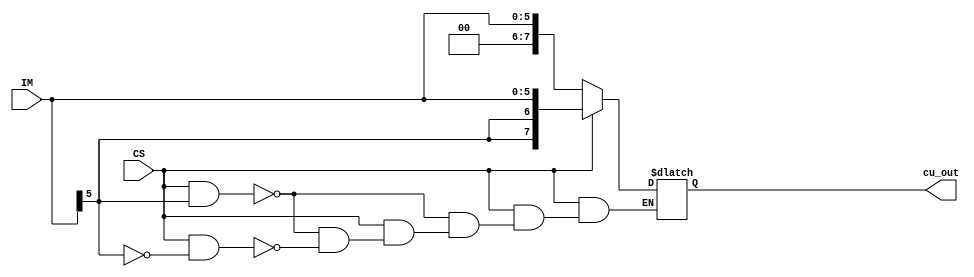
`timescale 1ns / 1ps
//////////////////////////////////////////////////////////////////////////////////
// Company: 
// Engineer: 
// 
// Design Name: 
// Module Name: Constant_unit
// Project Name: 
// Target Devices: 
// Tool Versions: 
// Description: 
// 
// Dependencies: 
// 
// Revision:
// Revision 0.01 - File Created
// Additional Comments:
// 
//////////////////////////////////////////////////////////////////////////////////


module Constant_unit(IM,CS,cu_out);
input [5:0] IM;
input CS;
output reg [7:0] cu_out;
//always@(CS)
//if(CS == 1'b0)
 //   begin
//    cu_out = 8'b00000000 + IM;
 //   end
 //else if (CS == 1'b1 && IM[5]== 1'b0)
 //   begin
 //   cu_out = 8'b00000000 + IM;
  // end
 //else if (CS == 1'b1 && IM[5]== 1'b1)
  //  begin
   // cu_out = 8'b11000000 + IM;
 //   end   
    
    always @(CS or IM)
begin
if(CS==0)
     cu_out[7:0] = {2'b00,IM[5:0]};
else if(CS==1 && IM[5]==1'b1)
     cu_out[7:0] = {{2{IM[5]}},IM[5:0]};
else if(CS==1 && IM[5]==1'b0)
     cu_out[7:0] = {{2{IM[5]}},IM[5:0]};
end
endmodule